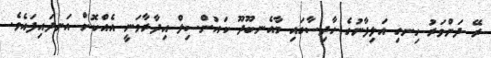
ރޭ ދަންވަރު ހިނގި އަލިފާނުގެ ހާދިސާގައި މާއެނބޫދޫ ކައުންސިލް އިދާރާވަނީ އެއްކޮށް އަނދައިފައެވެ.